system: You are a helpful assistant.
user:
Analyze the provided spectrum to determine if it is a **"Cataclysmic Variables (CV)"**.

- **Key Indicators for CV (Check for either state):**
    - **State 1: Quiescent / Low-State (Emission-Dominated)**
        - **(Primary):** Strong and *very broad* Hydrogen Balmer emission lines (e.g., $H\alpha$ at 6563 Å, $H\beta$ at 4861 Å). The 'broadness' (high velocity dispersion, often FWHM > 1000 km/s) is the key diagnostic, indicating a high-velocity accretion disk.
        - **(Secondary):** Broad neutral Helium (He I) emission lines (e.g., 5876 Å, 6678 Å).
        - **(Key Confirmation):** Presence of high-excitation *ionized* Helium (He II) emission at 4686 Å. This is a strong indicator of accretion onto a white dwarf.
        - **(Line Profile):** Emission lines may exhibit a 'double-peaked' profile, which is a classic signature of a rotating accretion disk viewed at high inclination.

    - **State 2: Outburst / High-State (Absorption-Dominated)**
        - **(Primary):** Spectrum is dominated by a bright, blue continuum (looks like a hot star).
        - **(Secondary):** The emission lines from State 1 are weak, absent, or 'filled in', and are replaced by broad, shallow *absorption* lines (primarily Balmer and He I).
        - **(Morphology):** The overall spectrum mimics a hot B/A-type star. The crucial difference is that the absorption lines are significantly broader, shallower, and more 'washed-out' (or 'smeared') than the sharp lines of a normal stellar photosphere, due to high rotational speeds and pressure broadening in the disk.

Think first, call **spectral_visualization_tool** if needed to examine features in detail, then provide your final answer. Your response must adhere to the following strict rules:
1.  **Overall Structure:** Your response must follow the format `<think>...</think> <tool_call>...</tool_call> (if a tool is used) <answer>...</answer>`.
2.  **Tool Usage Constraint:** You may only make **one** tool call per turn.
3.  **Final Answer Format:** In the `<answer>` tag, your conclusion must be inside a `\boxed{}` command (e.g., `\boxed{YES}`), followed by your justification.

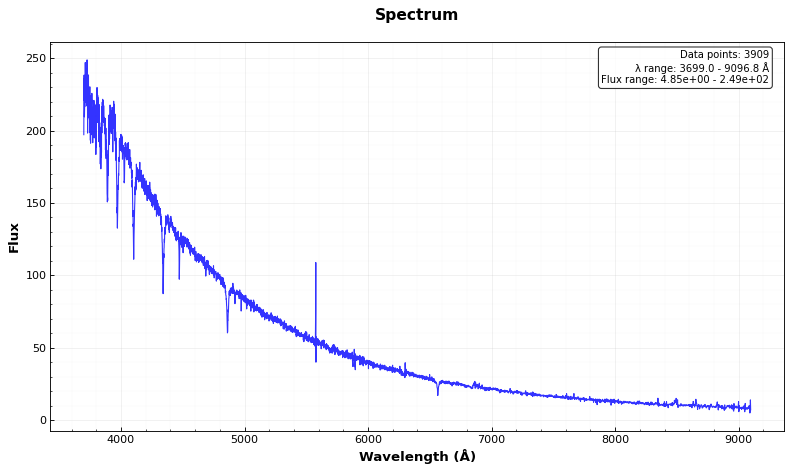
Answer: NO